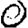
Digit: 0